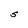
Character: S